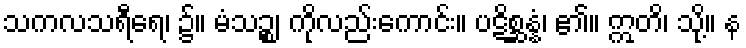
သကလသရီရေ၊ ၌။ မံသဉ္စ၊ ကိုလည်းကောင်း။ ပဋိစ္ဆန္နံ၊ ၏။ ဣတိ၊ သို့။ န